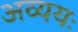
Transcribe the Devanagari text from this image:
अव्ययः